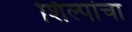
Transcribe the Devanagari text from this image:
शिल्पांचा